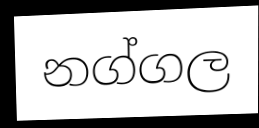
නග්ගල